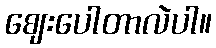
ဈေးပေါတာလဲပါ။